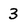
Character: 3